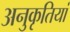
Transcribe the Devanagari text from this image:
अनुकृतियां